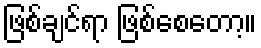
ဖြစ်ချင်ရာ ဖြစ်စေတော့။